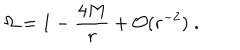
LaTeX: \Omega = 1 - \frac { 4 M } { r } + { \cal O } ( r ^ { - 2 } ) \; .